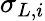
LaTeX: \sigma_{L,i}